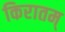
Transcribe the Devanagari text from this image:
किरातम्